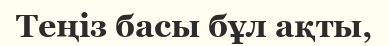
Теңіз басы бұл ақты,